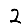
Digit: 2